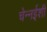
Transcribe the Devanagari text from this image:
चेन्नईशी